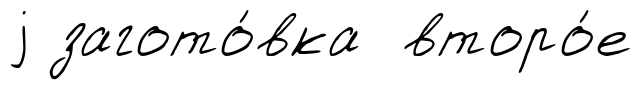
j загото́вка второ́е